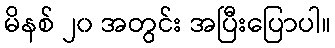
မိနစ် ၂၀ အတွင်း အပြီးပြောပါ။